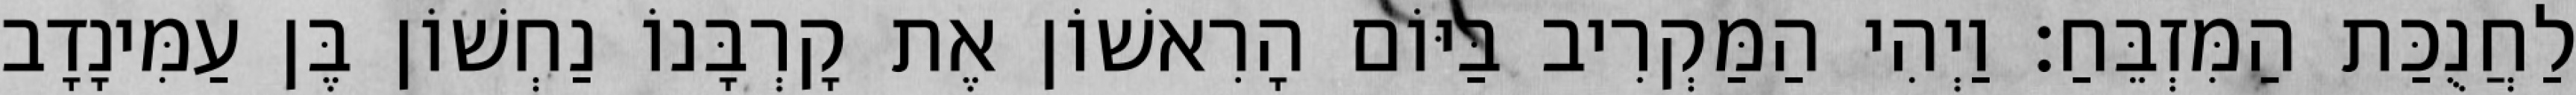
לַחֲנֻכַּת הַמִּזְבֵּחַ׃ וַיְהִי הַמַּקְרִיב בַּיּוֹם הָרִאשׁוֹן אֶת קָרְבָּנוֹ נַחְשׁוֹן בֶּן עַמִּינָדָב